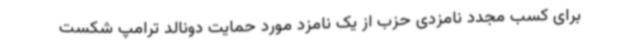
برای کسب مجدد نامزدی حزب از یک نامزد مورد حمایت دونالد ترامپ شکست